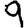
Digit: 9